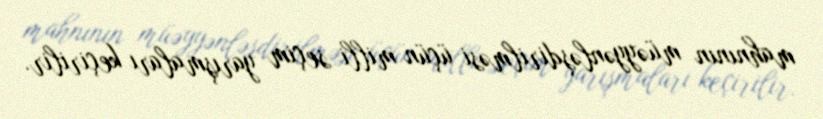
mahnının müəyyənləşdirilməsi üçün milli seçim yarışmaları keçirilir.